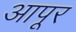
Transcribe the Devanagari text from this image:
आपूर